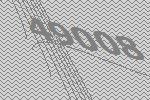
49008